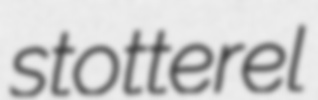
stotterel